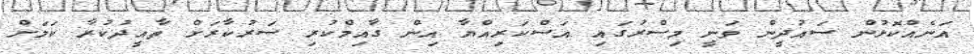
އަނެއްކޮޅުން ސައުދީން ވަނީ މިސްރުގައި އަސްކަރިއްޔާ އިން ގާއިމްކުރި ސަރުކާރަށް ތާއީދުކުރާ ކަމަށް